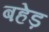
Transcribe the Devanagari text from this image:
बहेड़